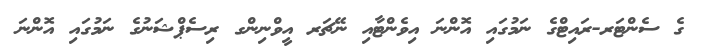
ގެ ސެންޓަރ-ރައިޓްގެ ނަމުގައި އޮންނަ އިވެންޓާއި ނޭޗަރ އީވްނިންގ ރިސެޕްޝަނުގެ ނަމުގައި އޮންނަ